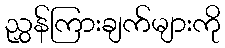
ညွှန်ကြားချက်များကို